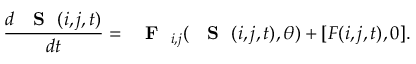
\frac { d \mathrm { ~ { ~ \bf ~ S ~ } ~ } ( i , j , t ) } { d t } = \mathrm { ~ \bf ~ { ~ F ~ } ~ } _ { i , j } ( \mathrm { ~ { ~ \bf ~ S ~ } ~ } ( i , j , t ) , \theta ) + [ { \cal F } ( i , j , t ) , 0 ] .